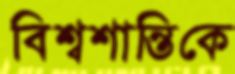
বিশ্বশান্তিকে